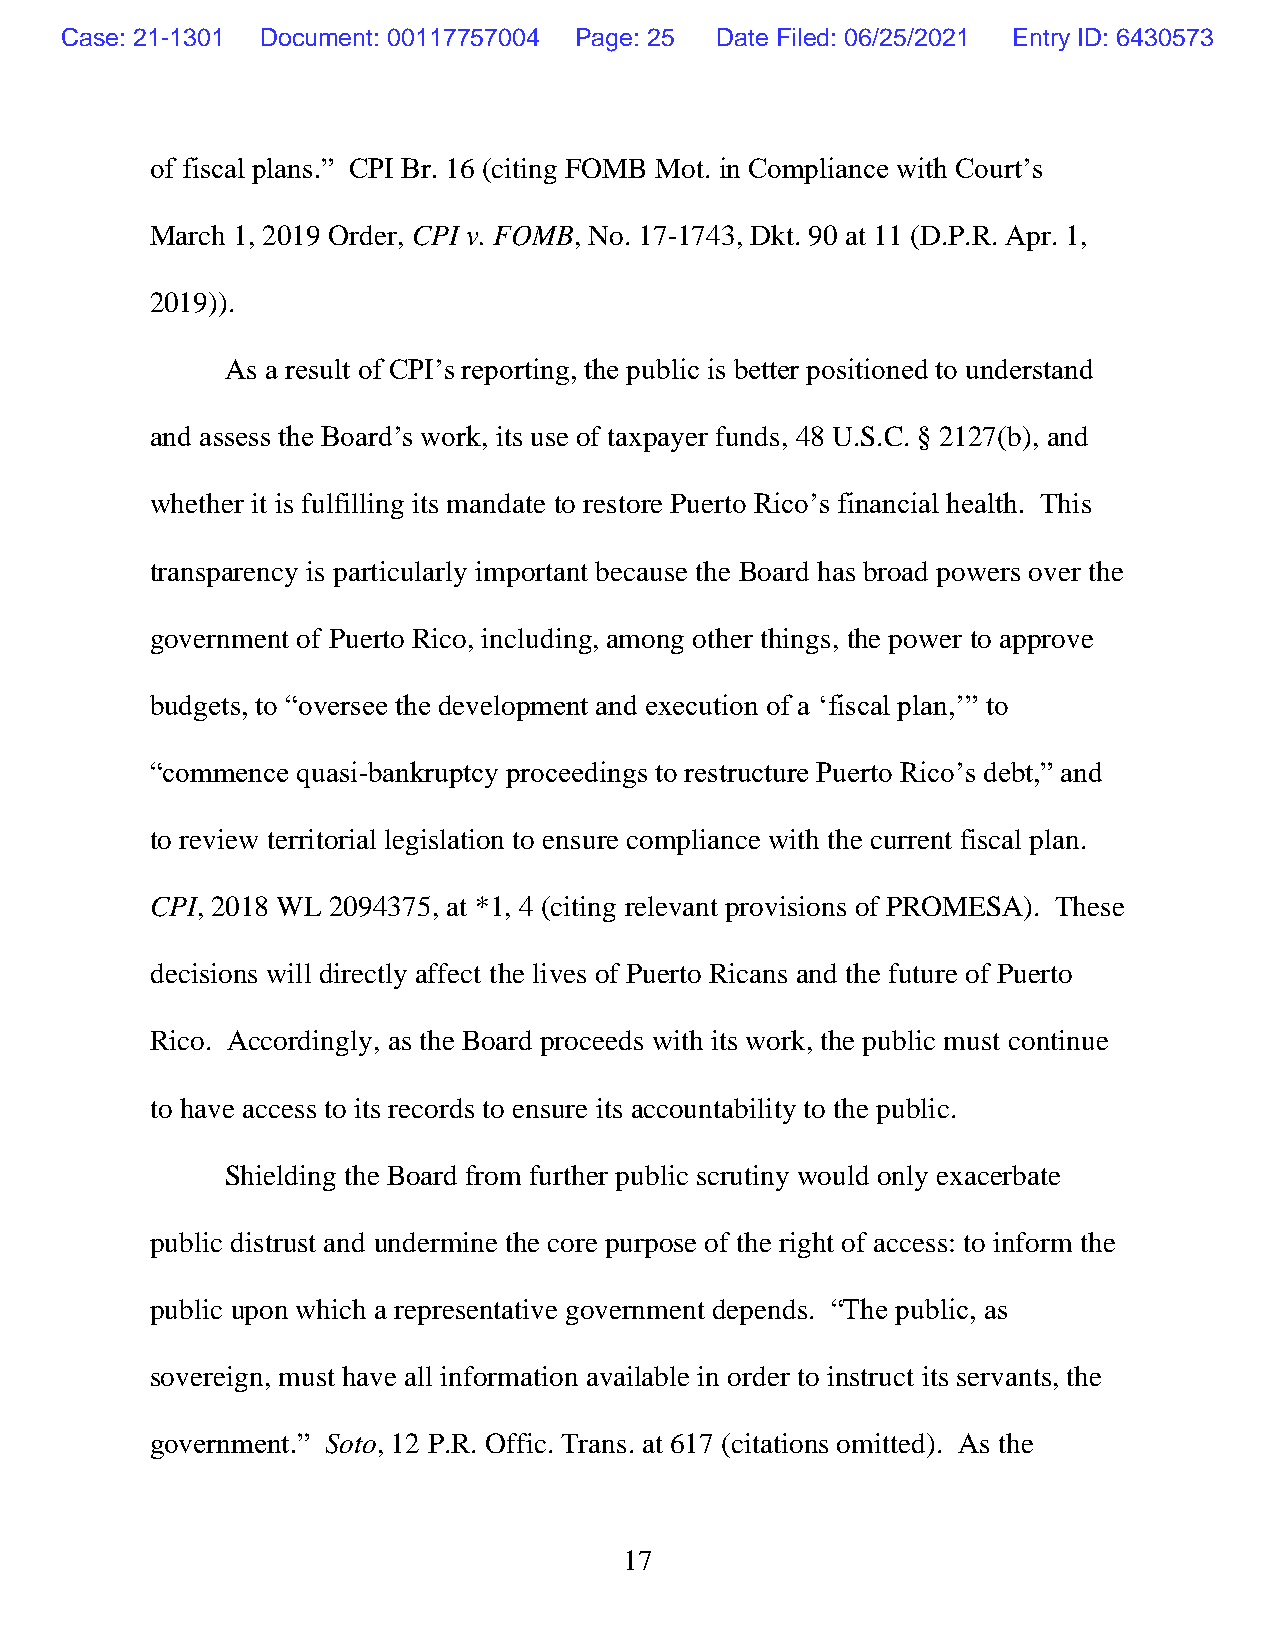
Case: 21-1301 Document: 00117757004 Page: 25 Date Filed: 06/25/2021 Entry ID: 6430573
 of fiscal plans.” CPI Br. 16 (citing FOMB Mot. in Compliance with Court’s
 March 1, 2019 Order, CPI v. FOMB, No. 17-1743, Dkt. 90 at 11 (D.P.R. Apr. 1,
 2019)).
 As a result of CPI’s reporting, the public is better positioned to understand
 and assess the Board’s work, its use of taxpayer funds, 48 U.S.C. § 2127(b), and
 whether it is fulfilling its mandate to restore Puerto Rico’s financial health. This
 transparency is particularly important because the Board has broad powers over the
 government of Puerto Rico, including, among other things, the power to approve
 budgets, to “oversee the development and execution of a ‘fiscal plan,’” to
 “commence quasi-bankruptcy proceedings to restructure Puerto Rico’s debt,” and
 to review territorial legislation to ensure compliance with the current fiscal plan.
 CPI, 2018 WL 2094375, at *1, 4 (citing relevant provisions of PROMESA). These
 decisions will directly affect the lives of Puerto Ricans and the future of Puerto
 Rico. Accordingly, as the Board proceeds with its work, the public must continue
 to have access to its records to ensure its accountability to the public.
 Shielding the Board from further public scrutiny would only exacerbate
 public distrust and undermine the core purpose of the right of access: to inform the
 public upon which a representative government depends. “The public, as
 sovereign, must have all information available in order to instruct its servants, the
 government.” Soto, 12 P.R. Offic. Trans. at 617 (citations omitted). As the
 17